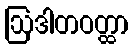
ဩဒါတဝတ္ထာ